Vaccination in Burma 1920-1933 - 1920-1933
Year: 1920
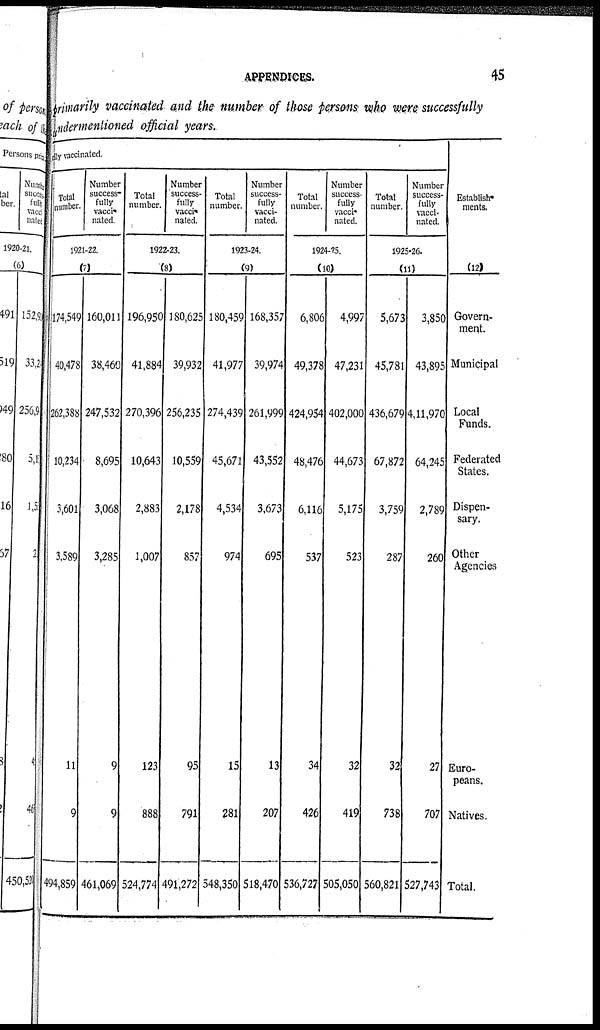
APPENDICES.
45
primarily vaccinated and the number of those persons who were successfully
undermentioned official years.
rily vaccinated.
Total
number.
Number
success-
fully
vacci-
nated.
1921-22.
(7)
174,549
40,478
262,388
10,234
3,601
3,589
11
9
‡94,859
160,011
38,460
247,532
8,695
3,068
3,285
9
9
461,069
Total
number.
Number
success-
fully
vacci-
nated.
1922-23.
(8)
196,950
41,884
270,396
10,643
2,883
1,007
123
888
524,774
180,625
39,932
256,235
10,559
2,178
857
95
791
491,272
Total
number.
Number
success-
fully
vacci-
nated.
1923-24.
(9)
180,459
41,977
274,439
45,671
4,534
974
15
281
548,350
168,357
39,974
261,999
43,552
3,673
695
13
207
518,470
Total
number.
Number
success-
fully
vacci-
nated.
1924-25.
(10)
6,806
49,378
424,954
48,476
6,116
537
34
426
536,727
4,997
47,231
402,000
44,673
5,175
523
32
419
505,050
Total
number.
Number
success-
fully
vacci-
nated.
1925-26.
(11)
5,673
45,781
436,679
67,872
3,759
287
32
738
560,821
3,850
43,895
4,11,970
64,245
2,789
260
27
707
527,743
Establish-
ments.
(12)
Govern-
ment.
Municipal
Local
Funds.
Federated
States.
Dispen-
sary.
Other
Agencies
Euro-
peans.
Natives.
Total.